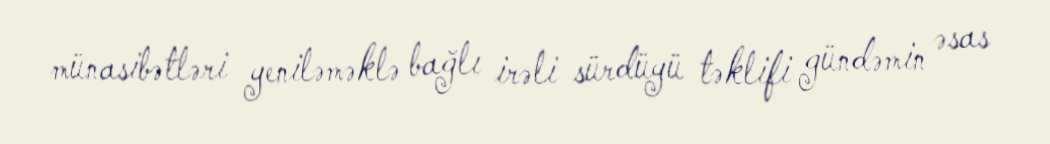
münasibətləri yeniləməklə bağlı irəli sürdüyü təklifi gündəmin əsas